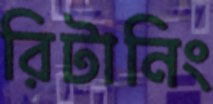
রিটানিং